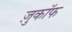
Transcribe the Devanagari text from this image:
ज़ुकाॅफ